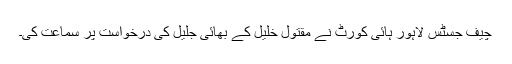
چیف جسٹس لاہور ہائی کورٹ نے مقتول خلیل کے بھائی جلیل کی درخواست پر سماعت کی۔